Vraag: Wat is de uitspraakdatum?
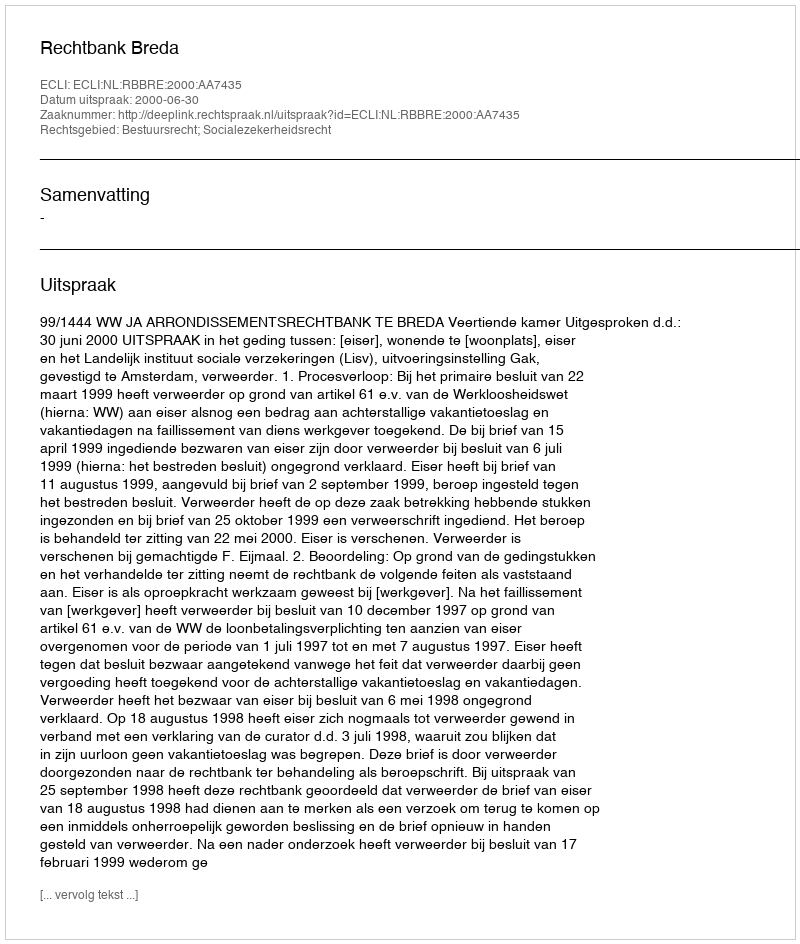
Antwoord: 2000-06-30